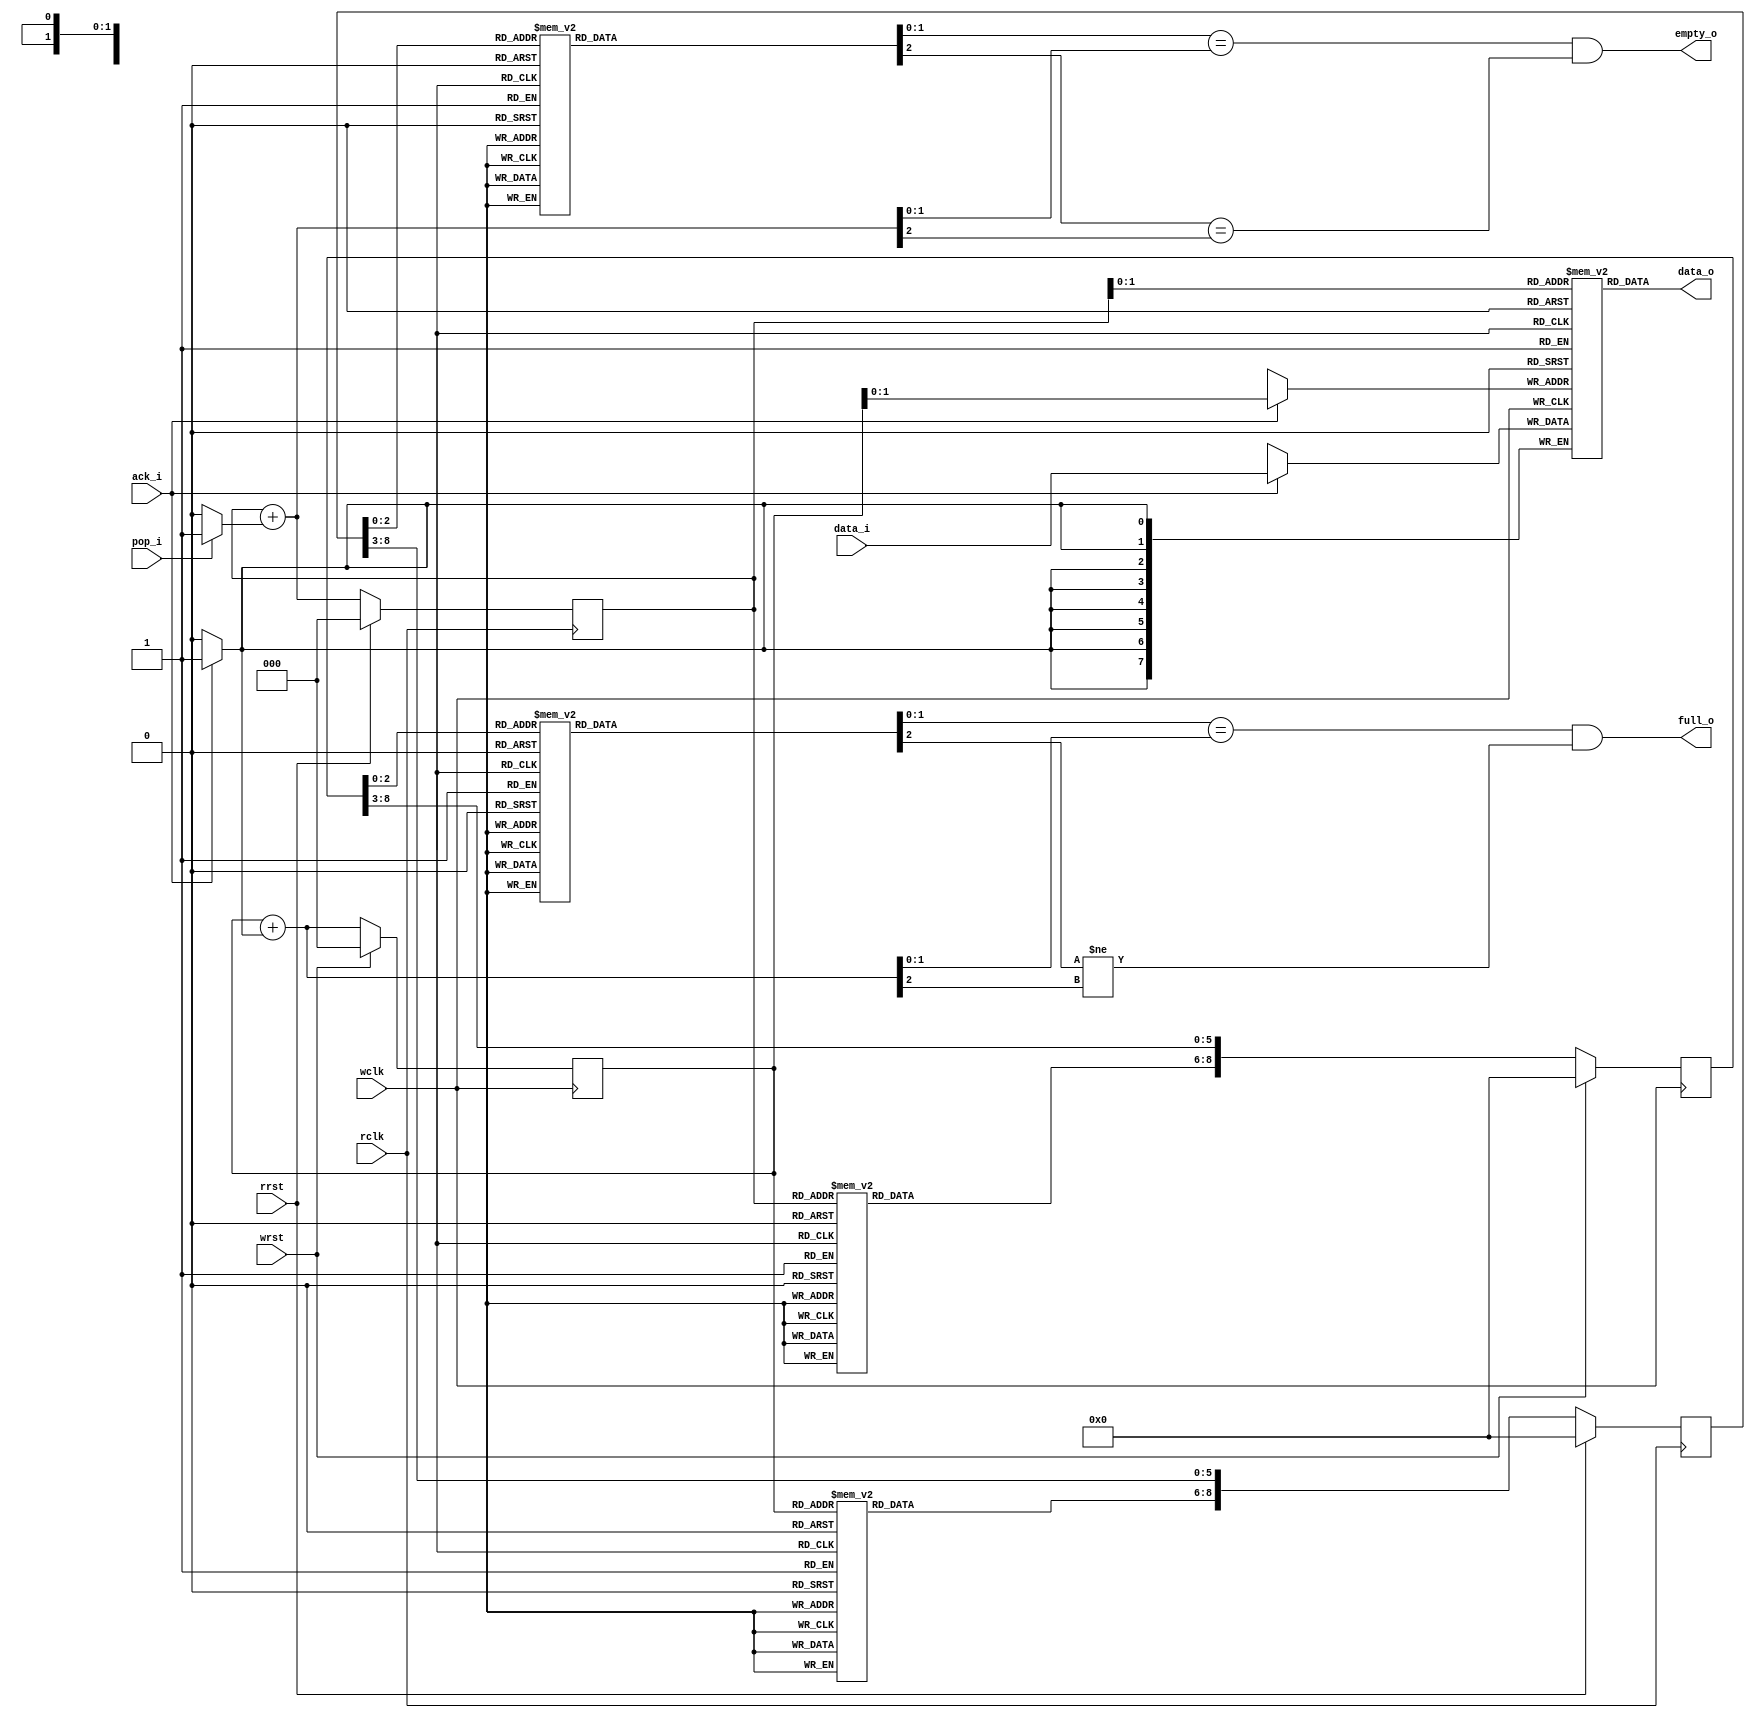
module async_fifo
#(
    parameter DATA_WIDTH = 8    
)(
    // write if
    input wire wclk,
    input wire wrst,
    input wire [(DATA_WIDTH-1):0] data_i,
    input wire ack_i,
    output wire full_o, // use with caution. may be buggy

    // read if
    input wire rclk,
    input wire rrst,
    output wire [(DATA_WIDTH-1):0] data_o,
    input wire pop_i,
    output wire empty_o);

reg [(DATA_WIDTH-1):0] mem [3:0];

// write if
reg [2:0] waddr_ff;
wire [2:0] waddr_next = waddr_ff + (ack_i ? 3'b001 : 3'b000);
always @(posedge wclk) begin
    if (wrst)
        waddr_ff <= 3'b000;
    else
        waddr_ff <= waddr_next;
end

always @(posedge wclk)
    if (ack_i)
        mem[waddr_ff[1:0]] <= data_i;

// read if
reg [2:0] raddr_ff;
wire [2:0] raddr_next = raddr_ff + (pop_i ? 3'b001 : 3'b000);
always @(posedge rclk) begin
    if (rrst)
        raddr_ff <= 3'b000;
    else
        raddr_ff <= raddr_next;
end

assign data_o = mem[raddr_ff[1:0]];

function [2:0] gray_enc(
    input [2:0] in);
    case (in)
    3'b000: gray_enc = 3'b000;
    3'b001: gray_enc = 3'b001;
    3'b010: gray_enc = 3'b011;
    3'b011: gray_enc = 3'b010;
    3'b100: gray_enc = 3'b110;
    3'b101: gray_enc = 3'b111;
    3'b110: gray_enc = 3'b101;
    3'b111: gray_enc = 3'b100;
    endcase
endfunction

function [2:0] gray_dec(
    input  [2:0] in);
    case (in)
    3'b000: gray_dec = 3'b000;
    3'b001: gray_dec = 3'b001;
    3'b011: gray_dec = 3'b010;
    3'b010: gray_dec = 3'b011;
    3'b110: gray_dec = 3'b100;
    3'b111: gray_dec = 3'b101;
    3'b101: gray_dec = 3'b110;
    3'b100: gray_dec = 3'b111;
    endcase
endfunction

// empty notify
wire [2:0] waddr_gray = gray_enc(waddr_ff);
reg [8:0] waddr_gray_delay_ff;
always @(posedge rclk) begin
    if (rrst)
        waddr_gray_delay_ff <= 9'b0;
    else
        waddr_gray_delay_ff <= {waddr_gray, waddr_gray_delay_ff[8:3]};
end
wire [2:0] waddr_delayed = gray_dec(waddr_gray_delay_ff[2:0]);

assign empty_o = (waddr_delayed[1:0] == raddr_next[1:0]) && (waddr_delayed[2] == raddr_next[2]);

// full notify
wire [2:0] raddr_gray = gray_enc(raddr_ff);
reg [8:0] raddr_gray_delay_ff;
always @(posedge wclk) begin
    if (wrst)
        raddr_gray_delay_ff <= 9'b0;
    else
        raddr_gray_delay_ff <= {raddr_gray, raddr_gray_delay_ff[8:3]};
end
wire [2:0] raddr_delayed = gray_dec(raddr_gray_delay_ff[2:0]);

assign full_o = (raddr_delayed[1:0] == waddr_next[1:0]) && (raddr_delayed[2] != waddr_next[2]);
/*
reg last_full_ff;
always @(posedge wclk)
    last_full_ff <= full_o;
*/
endmodule